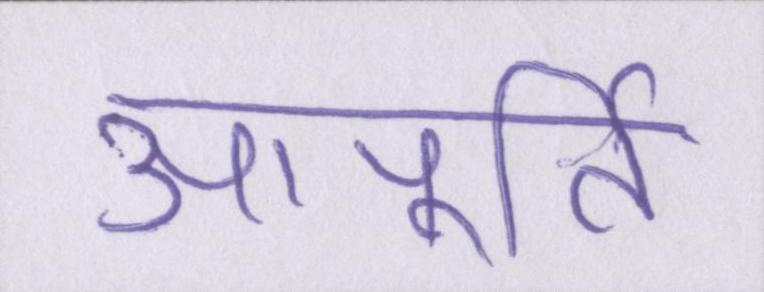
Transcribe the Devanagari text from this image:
आपूर्ति